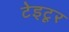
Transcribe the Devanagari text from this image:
टेइटूर